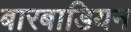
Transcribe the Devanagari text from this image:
बारबाडियन